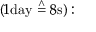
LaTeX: ( 1 { \mathrm { d a y } } \; { \overset { \land } { = } } \; 8 { \mathrm { s } } ) :